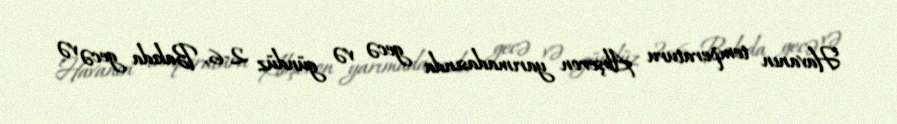
Havanın temperaturu Abşeron yarımadasında gecə və gündüz 2-6, Bakıda gecə və